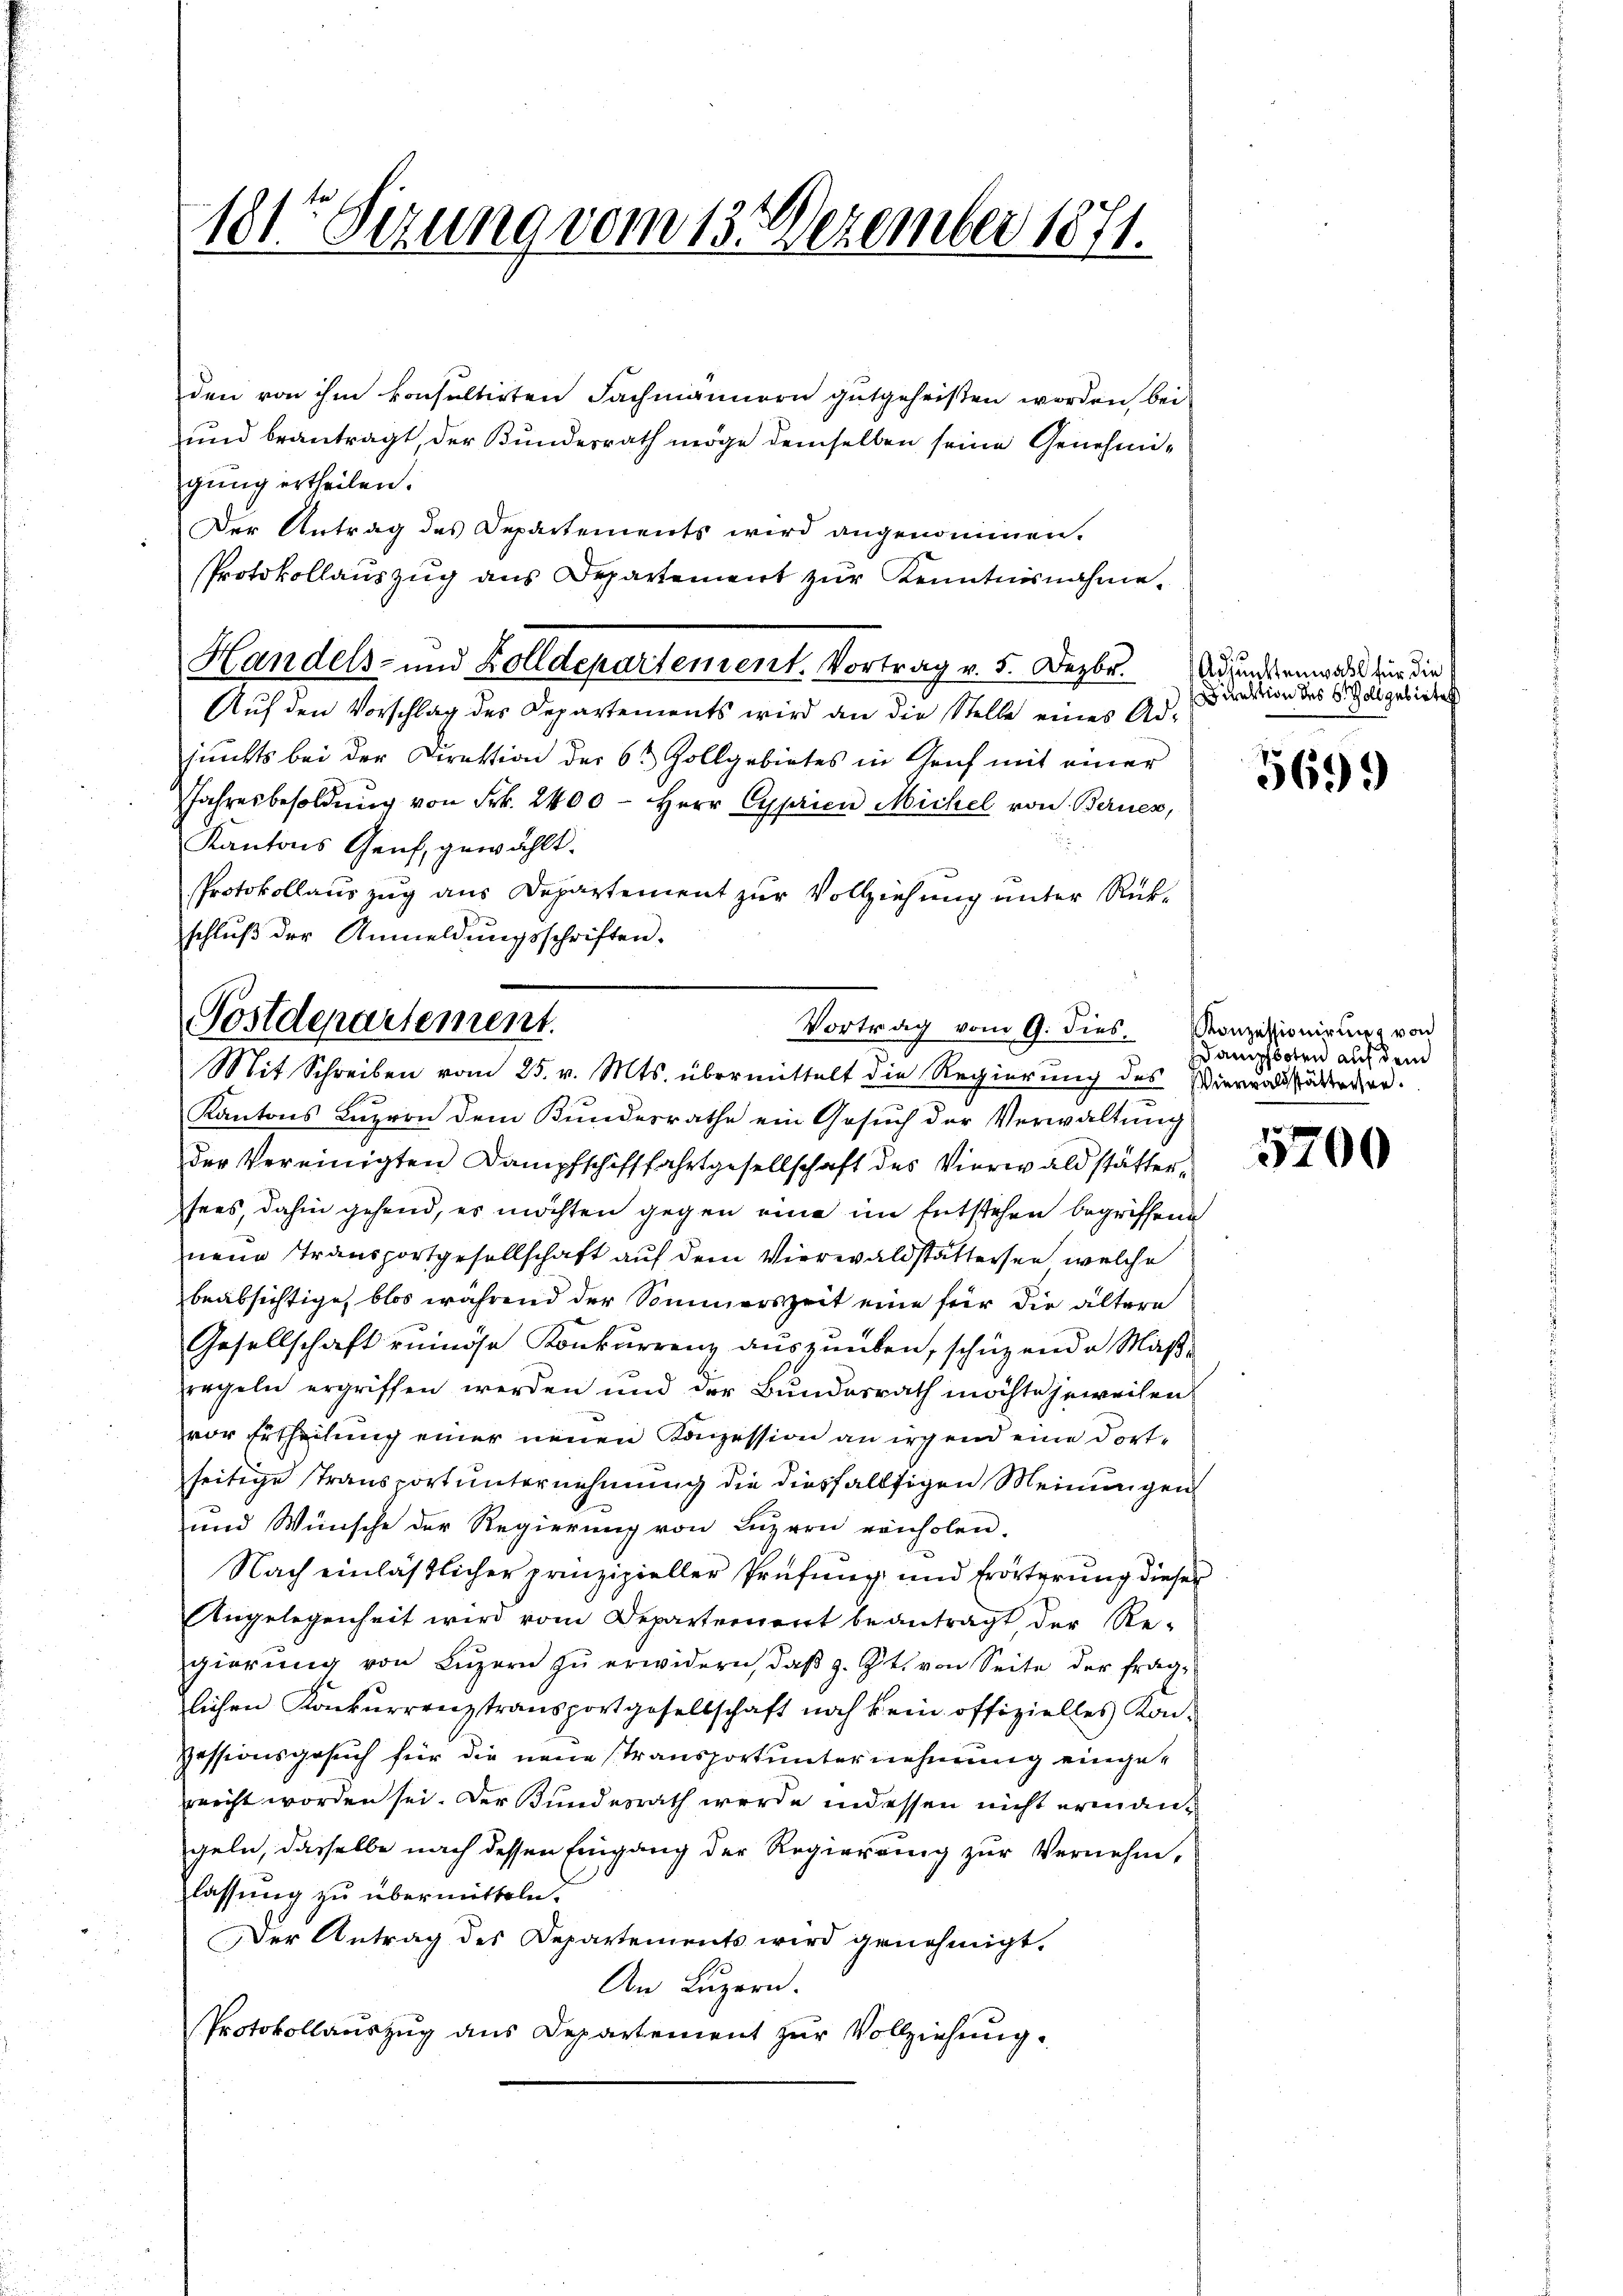
181te Sizung vom 13. Dezember 1871.

den von ihm konsultirten Fachmännern gutgeheißen worden, bei
und beantragt, der Bundesrath möge demselben seine Genehmigung ertheilen.
Der Antrag des Departements wird angenommen.
Protokollauszug aus Departement zur Kenntnisnahme.
Handels- und Zolldepartement. Vortrag v. 5. Dezbr.
Auf den Vorschlag des Departements wird an die Stelle eines Adjunkts bei der Direktion der 6 3 Zollgebietes in Gruf mit einer
Jahresbesoldung von Frk. 2400 - Herr Cyprien Michel von Bernes,
Kantons Genf, gewählt.
Protokollauszug aus Departement zur Vollziehung unter Rükschluß der Anmeldungsschriften.

Postdepartement.
Vortrag vom 9. dies.
Mit Schreiben vom 25. v. Mts. übermittelt die Regierung des Vierwaldstädterer.

Kantons Luzion dem Bundesrathe ein Gesuch der Verwaltung
der Vereinigten Dampfschifffahrtgesellschaft des Vierwaldstätter,
sees, dahin gehend, es möchten gegen eine im Entstehen begriffene
neue Transportgesellschaft auf dem Vierwaldstättersen, welche
beabsichtige, blos während der Sommerszeit eine für die ältere
Gesellschaft ruiöse Konkurrenz auszuüben, schüzende Maßregeln ergriffen werden und der Bundesrath möchte jeweisen
vor Ertheilung einer neuen Konzession an irgend eine dortseitige Transport unternehmung die diesfallsigen Meinungen
und Wünsche der Regierung von Luzern vonholen.
Nach einläßlicher prinzipieller Prüfung und Erörterung dieser
Angelegenheit wird vom Departement beantragt, der Re-
gierŭng von Lŭzern zŭ erwidern, daβ z. Zt. von Seite der frag-
lichen Konkurrenztransportgesellschaft noch kein offizielles Kon¬
Pessionsgesuch für die neue Transportunternehmung eingereicht worden sei. Der Bundesrath werde indessen nicht ermangeln, dasselbe nach dessen Eingang der Regierung zur Vernehm,
lassung zu übermitteln.
Der Antrag des Departements wird genehmigt.
An Luzern.
Protokollauszug aus Departement zur Vollziehung.

Adjunktenwahl für die
adirektion des S. Zoll gebietet

569

Konzessionirung von
Dampfboten auf dem

5700